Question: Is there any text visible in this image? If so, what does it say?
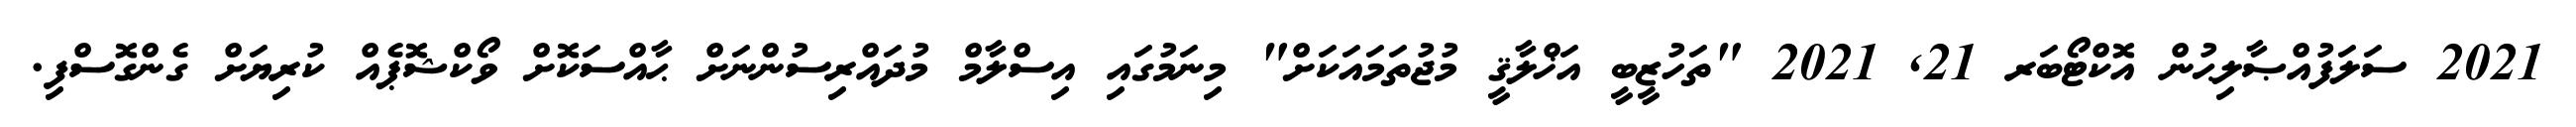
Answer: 2021 ސަލަފުއްޞާލިޙުން އޮކްޓޯބަރ 21, 2021 "ތަހުޒީބީ އަޚްލާޤީ މުޖުތަމައަކަށް" މިނަމުގައި އިސްލާމް މުދައްރިސުންނަށް ޙާއްސަކޮށް ވޯކްޝޮޕެއް ކުރިޔަށް ގެންގޮސްފި.